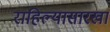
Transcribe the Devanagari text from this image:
राहिल्यासारखा